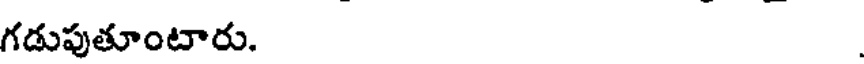
గడుపుతూంటారు.